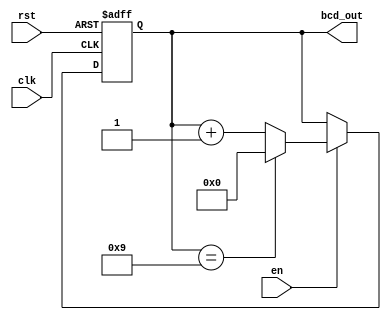
module bcd_counter (
    input wire clk,           // Clock signal
    input wire rst,           // Asynchronous reset
    input wire en,            // Enable signal
    output reg [3:0] bcd_out  // BCD output
);

    // Synchronous process to handle counting
    always @(posedge clk or posedge rst) begin
        if (rst) begin
            // Reset the counter to 0000
            bcd_out <= 4'b0000;
        end else if (en) begin
            // Increment the counter if enabled
            if (bcd_out == 4'b1001) begin
                // If counter is 9 (1001), reset to 0
                bcd_out <= 4'b0000;
            end else begin
                // Increment the counter
                bcd_out <= bcd_out + 1;
            end
        end
    end

endmodule